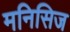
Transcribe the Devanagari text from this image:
मनिसिज